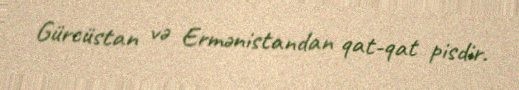
Gürcüstan və Ermənistandan qat-qat pisdir.